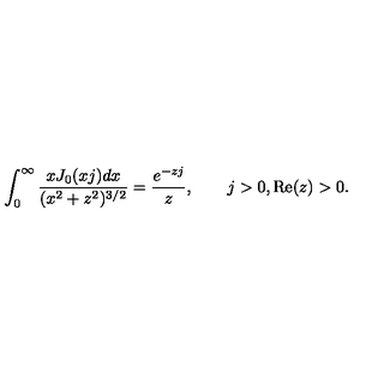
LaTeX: \int _ { 0 } ^ { \infty } \frac { x J _ { 0 } ( x j ) d x } { ( x ^ { 2 } + z ^ { 2 } ) ^ { 3 / 2 } } = \frac { e ^ { - z j } } { z } , \qquad j > 0 , \mathrm { R e } ( z ) > 0 .